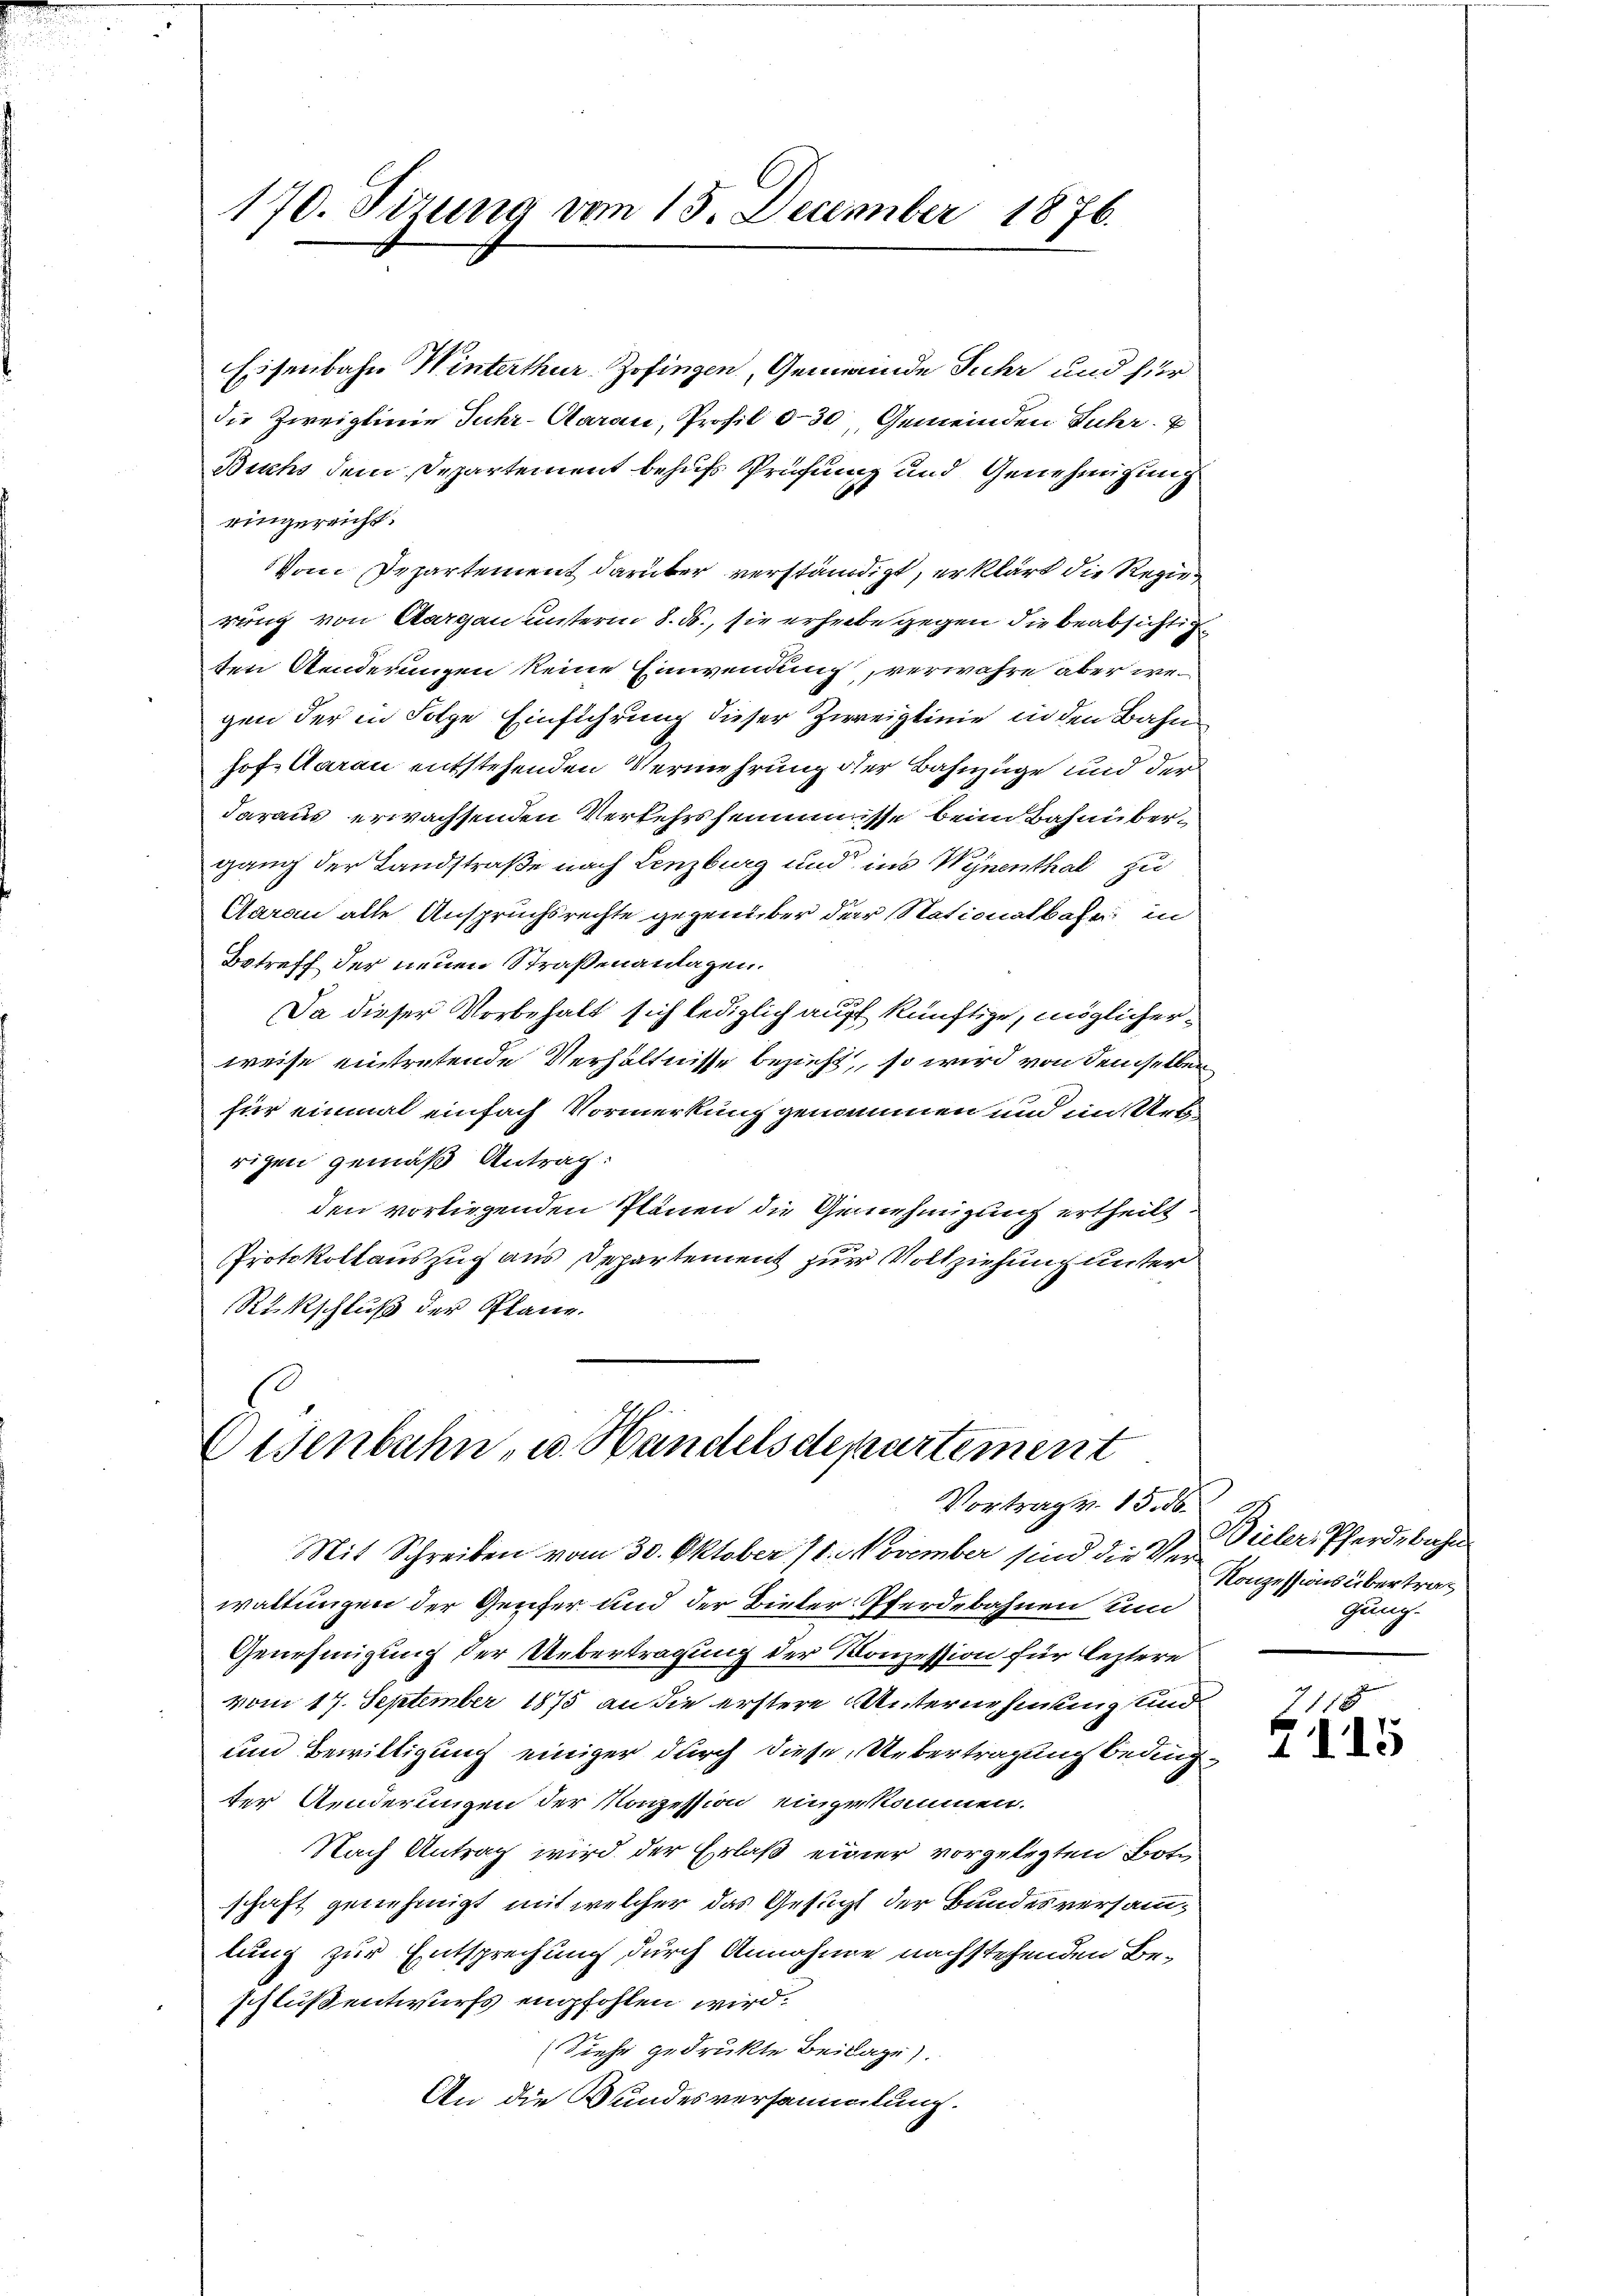
170. Sizung vom 15. December 1876.

Eisenbahn Winterthur, Zofingen, Gemeinde Fuhr und fier
die Zweiglinie Juhr- Aarau, Profil 0-30, Gemeinden Juhr. E
Buchs dem Departement behufs Prüfung und Genehmigung
eingereicht.
Vom Departement darüber verständigt, erklärt die Regier
rung von Aargau unterm 8. ds., sie erhebe gegen die beabsichtig
ten Aenderungen keine Einwendung, verwahre aber wegen der in Folge Einführung dieser Zweiglinie in den Bahn
hof Aarau entstehenden Vermehrung der Bahnzüge und der
daraus erwachsenden Verkehrsheimnisse beim Bahnübergang der Landstraße nach Lenzburg und ins Wynenthal zu
Aarau alle Anspruchsrechte gegenüber der Stationalbahr in
Betreff der neuen Straßenanlagen.
10
Da dieser Vorbehalt sich lediglich auf künftige, möglicherweise eintretende Verhältnisse bezieht, so wird von demselben
für einmal einfach Vormerkung genommen und im Uebrigen gemäß Antrag:
den vorliegenden Plänen die Genehmigung ertheilt
Protokollauszug aus Departement zur Vollziehung unter
Rückschluß der Plane.

Oisenbahn, u. Handelsdepartement
Vortrag v. 15. ds.

Mit Schreiben vom 30. Oktober 18. November sind die Ver
waltungen der Genfer und der Bieler-Pferdebahnen sin
Genehmigung der Uebertragung der Konzession für leztere
vom 17. September 1875 an die erstere Unternehmung und
und Bewilligung einiger durch diese Übertragung beding
ter Aenderungen der Konzession eingekommen.
Nach Antrag wird der Erlaß einer vorgelegten Bote
schaft genehmigt mit welcher das Gesucht der Bundesversammlung zur Entsprechung durch Annahme nachstehenden Beschluß entwurfs empfohlen wird.
Siehe gedrukte Beilage).
An die Bundesversammlung.

Bieler, Pferdebahn
Konzessions übertrag
gung.

7118
2115